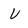
Character: V